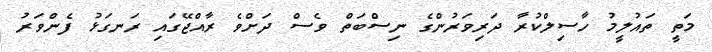
މަތީ ތައުލީމު ހާސިލްކުރާ ދަރިވަރުންގެ ނިސްބަތް ވެސް ދަށްވެ ރާއްޖޭގައި ރަނގަޅު ފެންވަރު